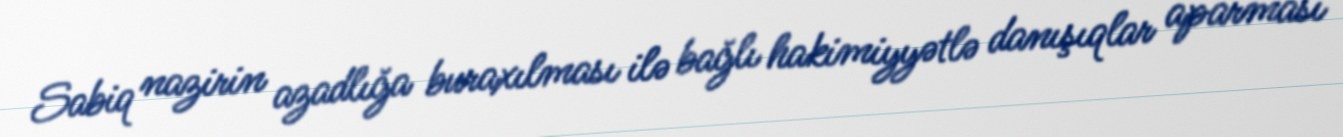
Sabiq nazirin azadlığa buraxılması ilə bağlı hakimiyyətlə danışıqlar aparması